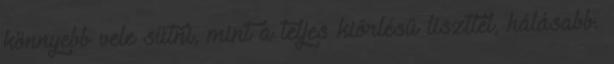
könnyebb vele sütni, mint a teljes kiőrlésű liszttel, hálásabb.